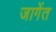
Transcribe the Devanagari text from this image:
जागेंत